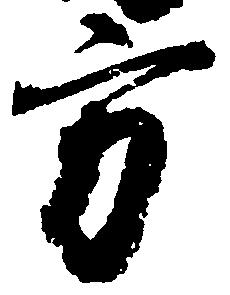
方